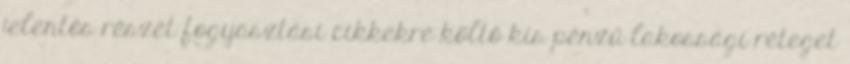
jelentős részét fogyasztási cikkekre költő kis pénzű lakossági réteget